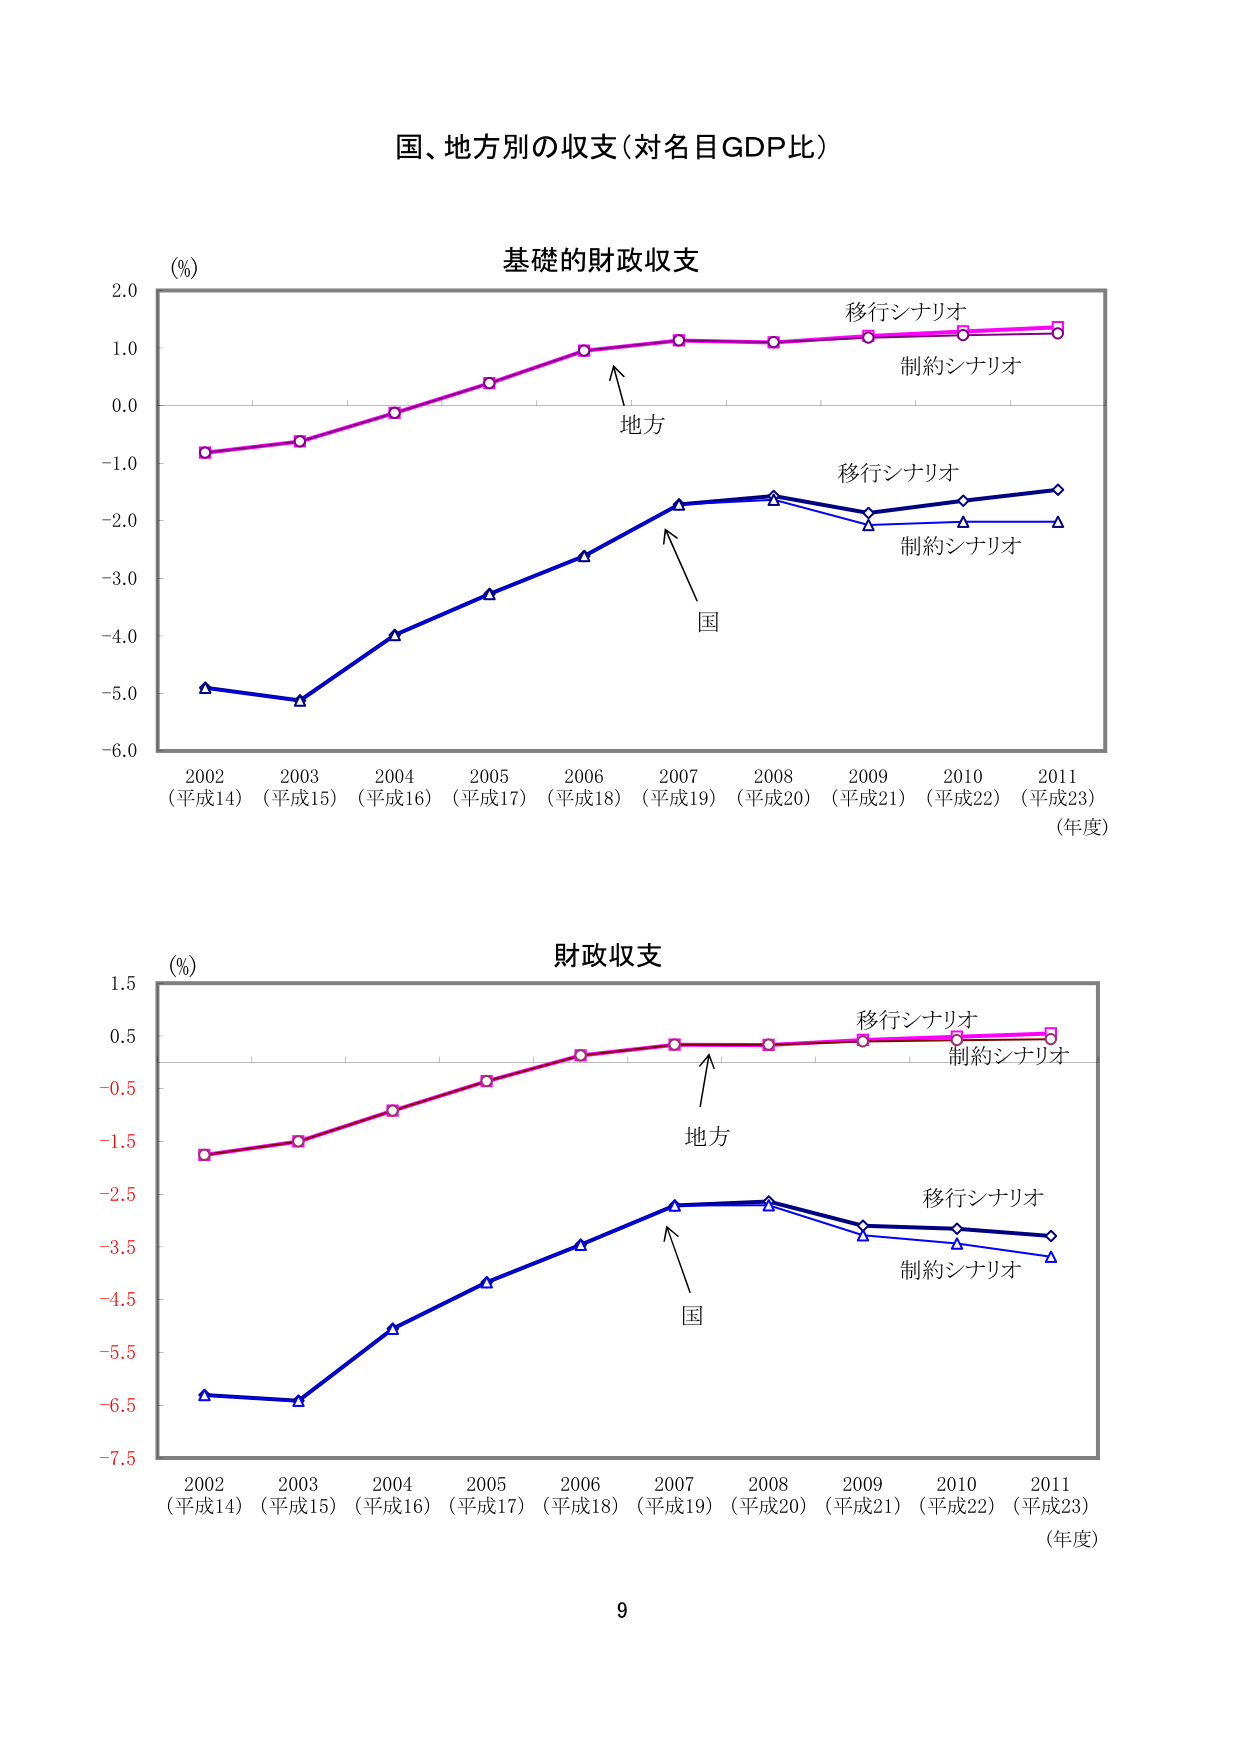
国、地方別の収支（対名目GDP比）

基礎的財政収支

(%)
2.0
1.0
0.0
-1.0
-2.0
-3.0
-4.0
-5.0
-6.0

移行シナリオ
制約シナリオ
地方
国
移行シナリオ
制約シナリオ

2002 (平成14)
2003 (平成15)
2004 (平成16)
2005 (平成17)
2006 (平成18)
2007 (平成19)
2008 (平成20)
2009 (平成21)
2010 (平成22)
2011 (平成23)
(年度)

財政収支

(%)
1.5
0.5
-0.5
-1.5
-2.5
-3.5
-4.5
-5.5
-6.5
-7.5

移行シナリオ
制約シナリオ
地方
国
移行シナリオ
制約シナリオ

2002 (平成14)
2003 (平成15)
2004 (平成16)
2005 (平成17)
2006 (平成18)
2007 (平成19)
2008 (平成20)
2009 (平成21)
2010 (平成22)
2011 (平成23)
(年度)

9